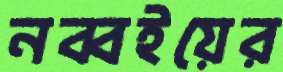
নব্বইয়ের